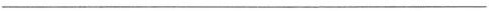
___